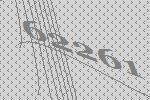
62261